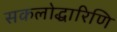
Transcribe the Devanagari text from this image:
सकलोद्धारिणि